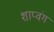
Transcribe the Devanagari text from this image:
शाप्वंग